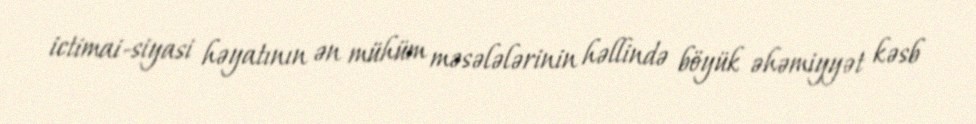
ictimai-siyasi həyatının ən mühüm məsələlərinin həllində böyük əhəmiyyət kəsb